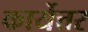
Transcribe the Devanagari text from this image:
कार्येत्तर